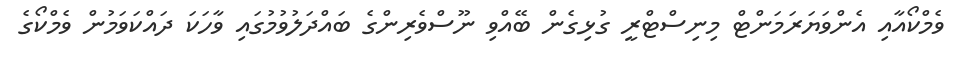
ވެމްކޯއާއި އެންވަޔަރަމަންޓް މިނިސްޓްރީ ގުޅިގެން ބޭއްވި ނޫސްވެރިންގެ ބައްދަލުވުމުގައި ވާހަކަ ދައްކަވަމުން ވެމްކޯގެ